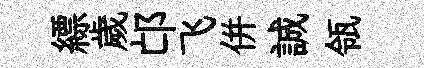
縹歲邙飞併誠瓴